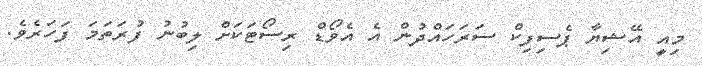
މިއީ އޭޝިޔާ ޕެސިފިކް ސަރަހައްދުން އެ އެވޯޑް ރިސޯޓަކަށް ލިބުނު ފުރަތަމަ ފަހަރެވެ.